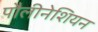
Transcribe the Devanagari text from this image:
पौलीनेशियन